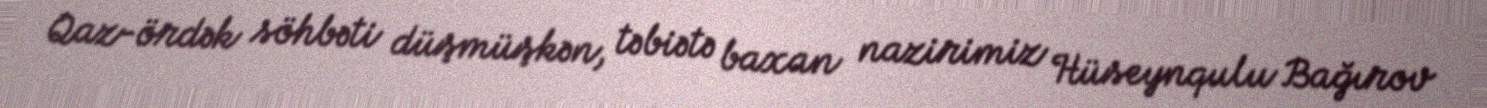
Qaz-ördək söhbəti düşmüşkən, təbiətə baxan nazirimiz Hüseynqulu Bağırov